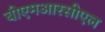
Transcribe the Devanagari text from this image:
बीएमआरसीएल